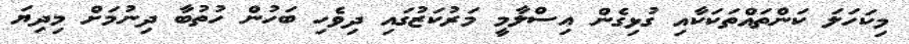
މިކަހަލަ ކަންތައްތަކަކާއި ގުޅިގެން އިސްލާމީ މަރުކަޒުގައި ދިވެހި ބަހުން ހުތުބާ ދިނުމަށް މިދިޔަ